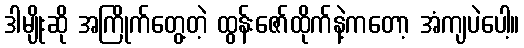
ဒါမျိုးဆို အကြိုက်တွေ့တဲ့ ထွန်းဇော်ထိုက်နဲ့ကတော့ အံကျပဲပေါ့။